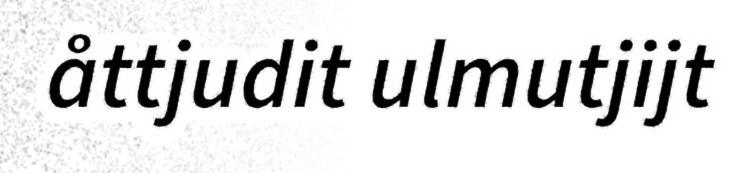
åttjudit ulmutjijt